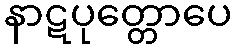
နာဋပုတ္တောပေ